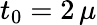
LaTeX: t_{0}=2\, \mu